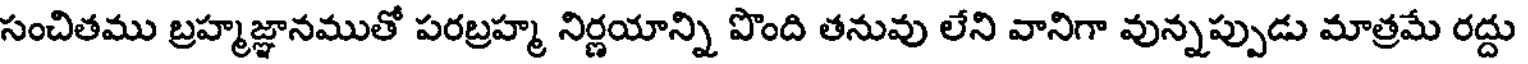
సంచితము బ్రహ్మజ్ఞానముతో పరబ్రహ్మ నిర్ణయాన్ని పొంది తనువు లేని వానిగా వున్నప్పుడు మాత్రమే రద్దు